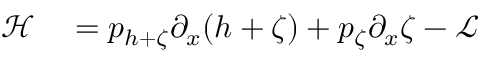
\begin{array} { r l } { \mathcal { H } } & { { } = p _ { h + \zeta } \partial _ { x } ( h + \zeta ) + p _ { \zeta } \partial _ { x } \zeta - \mathcal { L } } \end{array}